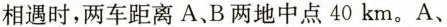
相遇时，两车距离A、B两地中点40km。A、